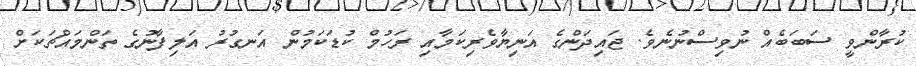
ކުރާންވީ ސަބަބެއް ނުވިސްނުނެވެ. ޖައިދަންގެ އަނިޔާވެރިކަމާއި ރަހުމް ކުޑަކަމުން އަނގުރު އަލިފާނުގެ ތަންމައްޗަކަށް